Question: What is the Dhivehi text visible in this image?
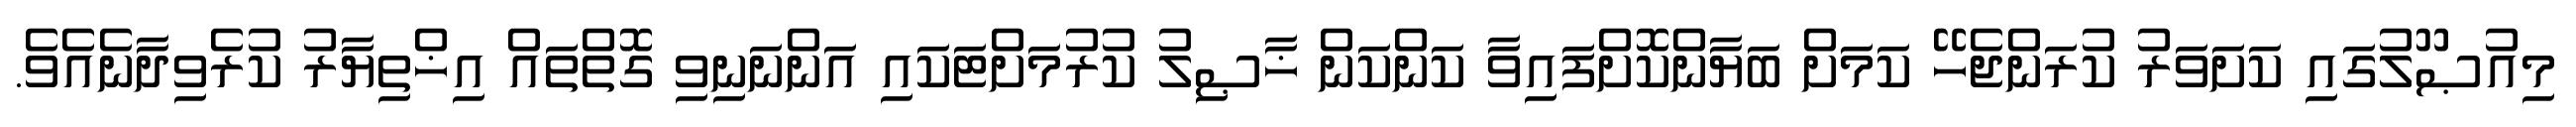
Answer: މިއުޞޫލުގައި ކަށަވަރު ކުރަންޖެހޭ ކަމަށް ބަޔާންކޮށްފައިވާ ކަންކަން ޚާޞިލު ކުރުމަށްޓަކައި އަންނަނިވި ގޮތްތައް އިޚްތިޔާރު ކުރެވިދާނެއެވެ.